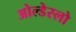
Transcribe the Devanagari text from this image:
ओल्डेस्लो